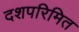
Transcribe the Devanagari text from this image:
दशपरिमित